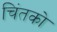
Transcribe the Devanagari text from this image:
चिंतको